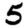
Digit: 5